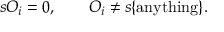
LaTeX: s { \cal O } _ { i } = 0 , \quad \quad { \cal O } _ { i } \ne s \{ \mathrm { a n y t h i n g } \} .